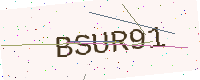
Text: BSUR91